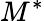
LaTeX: M^{\ast}